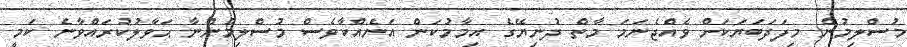
މުސްލިމުން މިފަދަބަޔަކަށް ވެއްޖެނަމަ މާތް ދުނިޔޭގެ އިމާމުކަން އަނެއްކާވެސް މުސްލިމުންނާ ޙަވާލުކުރައްވާނެ ކަމީ